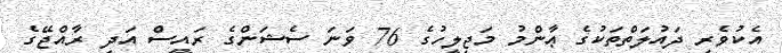
އެކުވެރި ދައުލަތްތަކުގެ ޢާންމު މަޖިލީހުގެ 76 ވަނަ ސެޝަންގެ ރައީސް އަދި ރާއްޖޭގެ